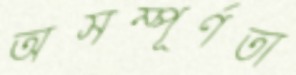
অসম্পূর্ণতা